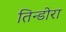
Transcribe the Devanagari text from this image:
तिन्डोरा